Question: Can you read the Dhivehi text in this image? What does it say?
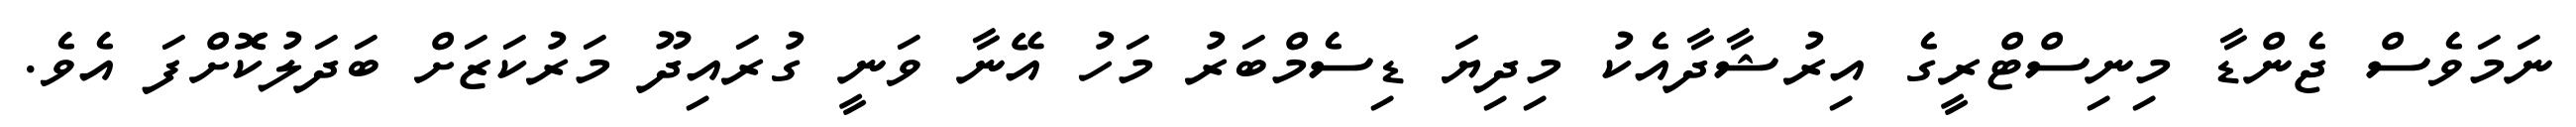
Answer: ނަމަވެސް ޖެންޑާ މިނިސްޓްރީގެ އިރުޝާދާއެކު މިދިޔަ ޑިސެމްބަރު މަހު އޭނާ ވަނީ ގުރައިދޫ މަރުކަޒަށް ބަދަލުކޮށްފަ އެވެ.